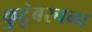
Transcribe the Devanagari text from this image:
कुटुंबरचना